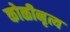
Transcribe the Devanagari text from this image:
कोळीनृत्य